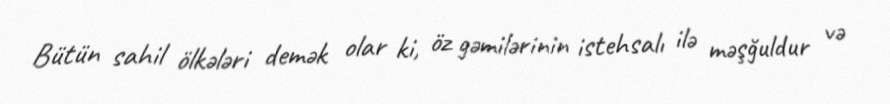
Bütün sahil ölkələri demək olar ki, öz gəmilərinin istehsalı ilə məşğuldur və